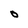
Character: O